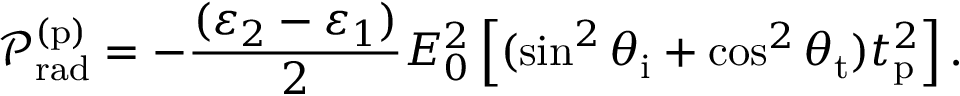
\mathcal { P } _ { \mathrm { r a d } } ^ { ( \mathrm { p } ) } = - \frac { ( \varepsilon _ { 2 } - \varepsilon _ { 1 } ) } { 2 } E _ { 0 } ^ { 2 } \left[ ( \sin ^ { 2 } \theta _ { \mathrm { i } } + \cos ^ { 2 } \theta _ { \mathrm { t } } ) t _ { \mathrm { p } } ^ { 2 } \right] .